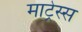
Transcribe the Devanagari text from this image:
माट्रेस्स